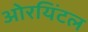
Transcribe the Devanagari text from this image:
ओरयिंटल